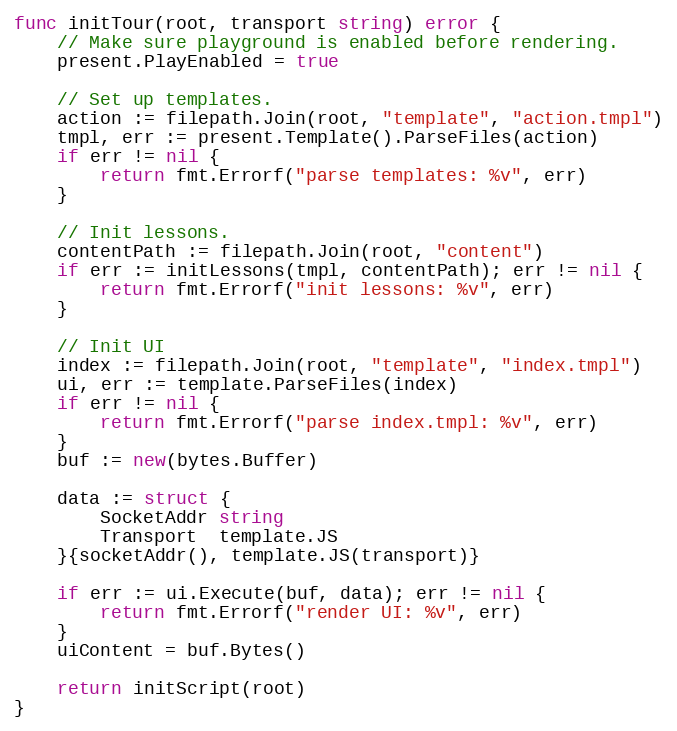
Language: Go
func initTour(root, transport string) error {
	// Make sure playground is enabled before rendering.
	present.PlayEnabled = true

	// Set up templates.
	action := filepath.Join(root, "template", "action.tmpl")
	tmpl, err := present.Template().ParseFiles(action)
	if err != nil {
		return fmt.Errorf("parse templates: %v", err)
	}

	// Init lessons.
	contentPath := filepath.Join(root, "content")
	if err := initLessons(tmpl, contentPath); err != nil {
		return fmt.Errorf("init lessons: %v", err)
	}

	// Init UI
	index := filepath.Join(root, "template", "index.tmpl")
	ui, err := template.ParseFiles(index)
	if err != nil {
		return fmt.Errorf("parse index.tmpl: %v", err)
	}
	buf := new(bytes.Buffer)

	data := struct {
		SocketAddr string
		Transport  template.JS
	}{socketAddr(), template.JS(transport)}

	if err := ui.Execute(buf, data); err != nil {
		return fmt.Errorf("render UI: %v", err)
	}
	uiContent = buf.Bytes()

	return initScript(root)
}